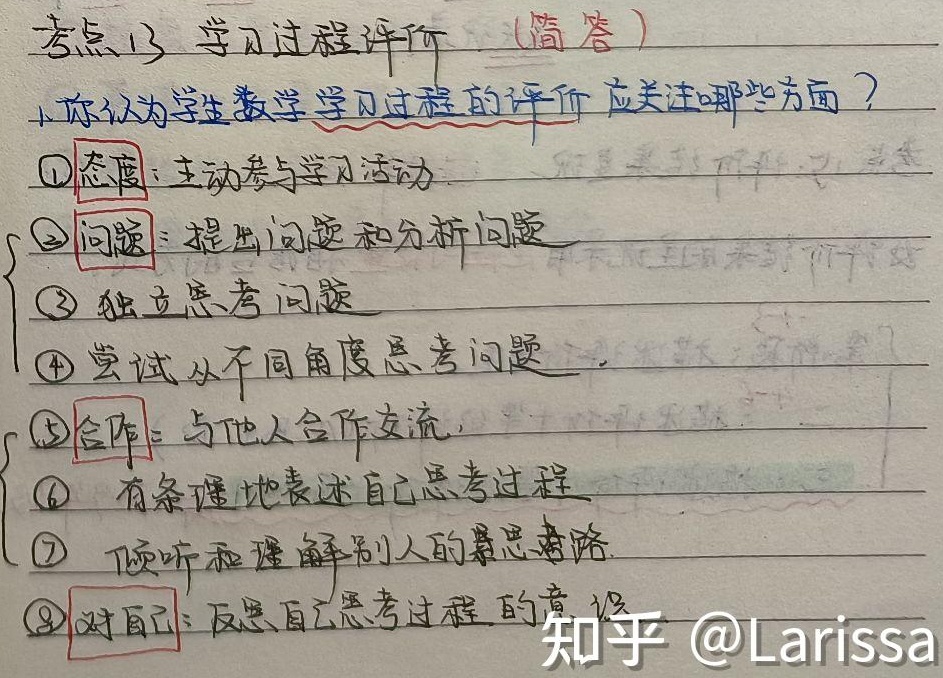
考点13 学习过程评价（简答）
1. 你认为学生数学学习过程的评价应关注哪些方面？
\textcircled{1}态度：主动参与学习活动
\textcircled{2}问题：提出问题和分析问题
\textcircled{3}独立思考问题
\textcircled{4}尝试从不同角度思考问题
\textcircled{5}合作：与他人合作交流
\textcircled{6}有条理地表述自己思考过程
\textcircled{7}倾听和理解别人的思路
\textcircled{8}对自己：反思自己思考过程的意识
知乎 @Larissa